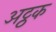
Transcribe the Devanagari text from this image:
अट्ठक